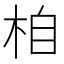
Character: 𣑉